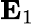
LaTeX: \mathbf{E}_{1}